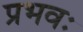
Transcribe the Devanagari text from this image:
प्रभवः